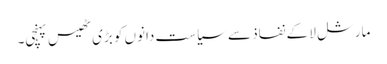
مارشل لا کے نفاذ سے سیاست دانوں کو بڑی ٹھیس پہنچی۔